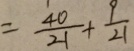
= \frac { 4 0 } { 2 1 } + \frac { 9 } { 2 1 }